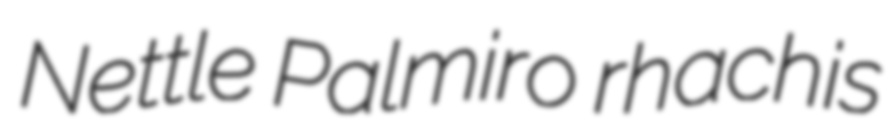
Nettle Palmiro rhachis